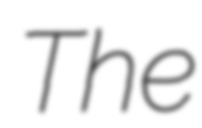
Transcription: The